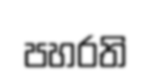
පහරති